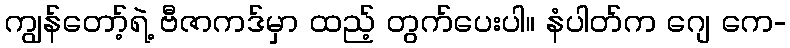
ကျွန်တော့်ရဲ့ ဗီဇာကဒ်မှာ ထည့် တွက်ပေးပါ။ နံပါတ်က ဂျေ ကေ-